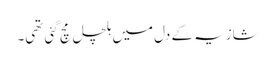
شازیہ کے دل میں ہلچل مچ گئی تھی۔